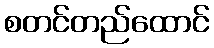
စတင်တည်ထောင်